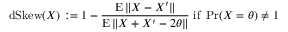
\operatorname { d S k e w } ( X ) : = 1 - { \frac { \operatorname { E } \| X - X ^ { \prime } \| } { \operatorname { E } \| X + X ^ { \prime } - 2 \theta \| } } { \mathrm { ~ i f ~ } } \operatorname* { P r } ( X = \theta ) \neq 1